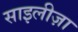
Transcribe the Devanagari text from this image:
साइलीज़ा